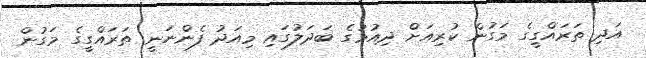
އަދި ތަރައްގީގެ މަގުން ކުރިއަށް ދިއުމުގެ ބަދަލުގައި މިއަދު ފެންނަނީ ތަރައްގީގެ މަގުން